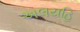
અલયહિ